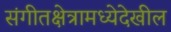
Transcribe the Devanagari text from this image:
संगीतक्षेत्रामध्येदेखील